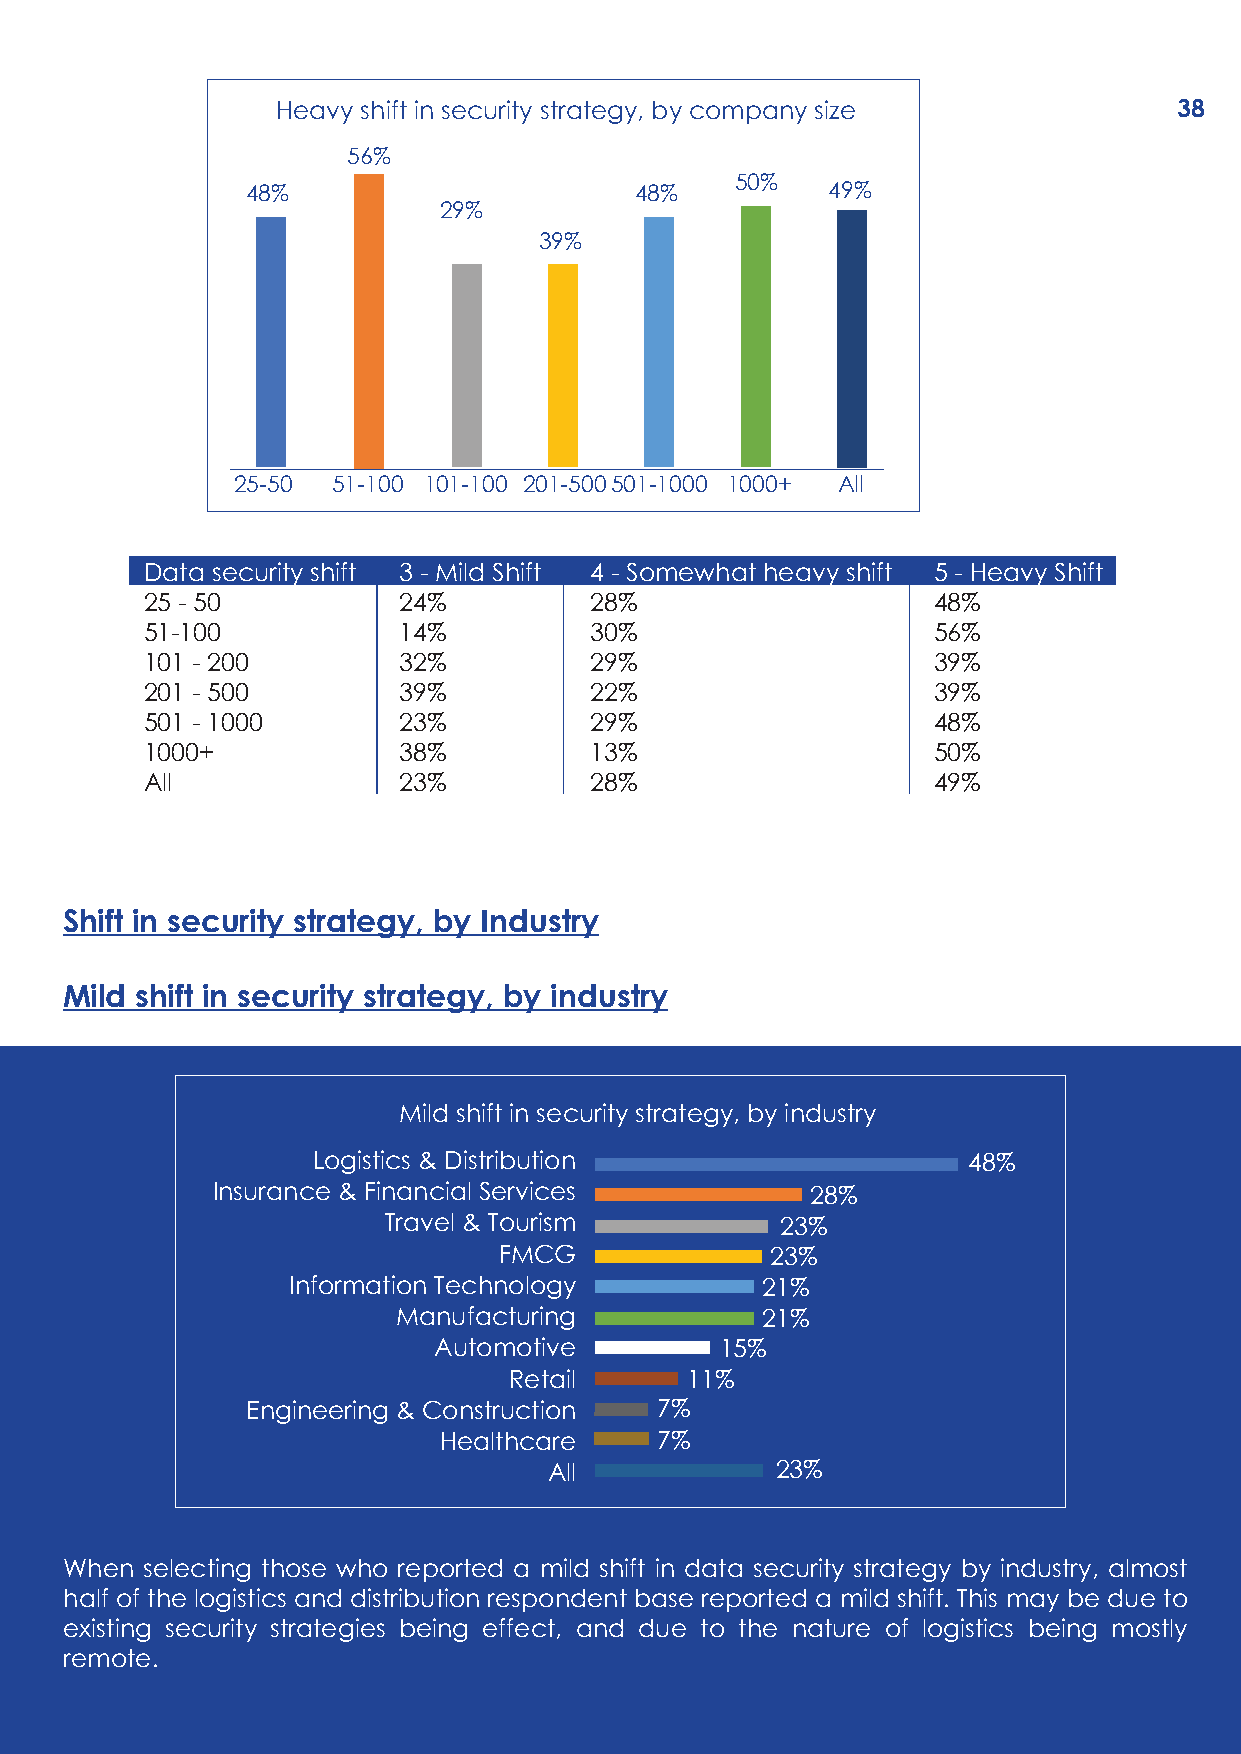
Heavy shift in security strategy, by company size           38
 56%
 50%
 48%                       48%          49%
 29%
 39%
 25-50 51-100 101-100 201-500501-1000 1000+ All
 Data security shift 3 - Mild Shift 4 - Somewhat heavy shift 5 - Heavy Shift
 25 - 50         24%          28%                    48%
 51-100          14%          30%                    56%
 101 - 200       32%          29%                    39%
 201 - 500       39%          22%                    39%
 501 - 1000      23%          29%                    48%
 1000+           38%          13%                    50%
 All             23%          28%                    49%
 Shift in security strategy, by Industry
 Mild shift in security strategy, by industry
 Mild shift in security strategy, by industry
 Logistics & Distribution                   48%
 Insurance & Financial Services          28%
 Travel & Tourism           23%
 FMCG              23%
 Information Technology         21%
 Manufacturing           21%
 Automotive         15%
 Retail     11%
 Engineering & Construction 7%
 Healthcare    7%
 All            23%
 When selecting those who reported a mild shift in data security strategy by industry, almost
 half of the logistics and distribution respondent base reported a mild shift. This may be due to
 existing security strategies being effect, and due to the nature of logistics being mostly
 remote.